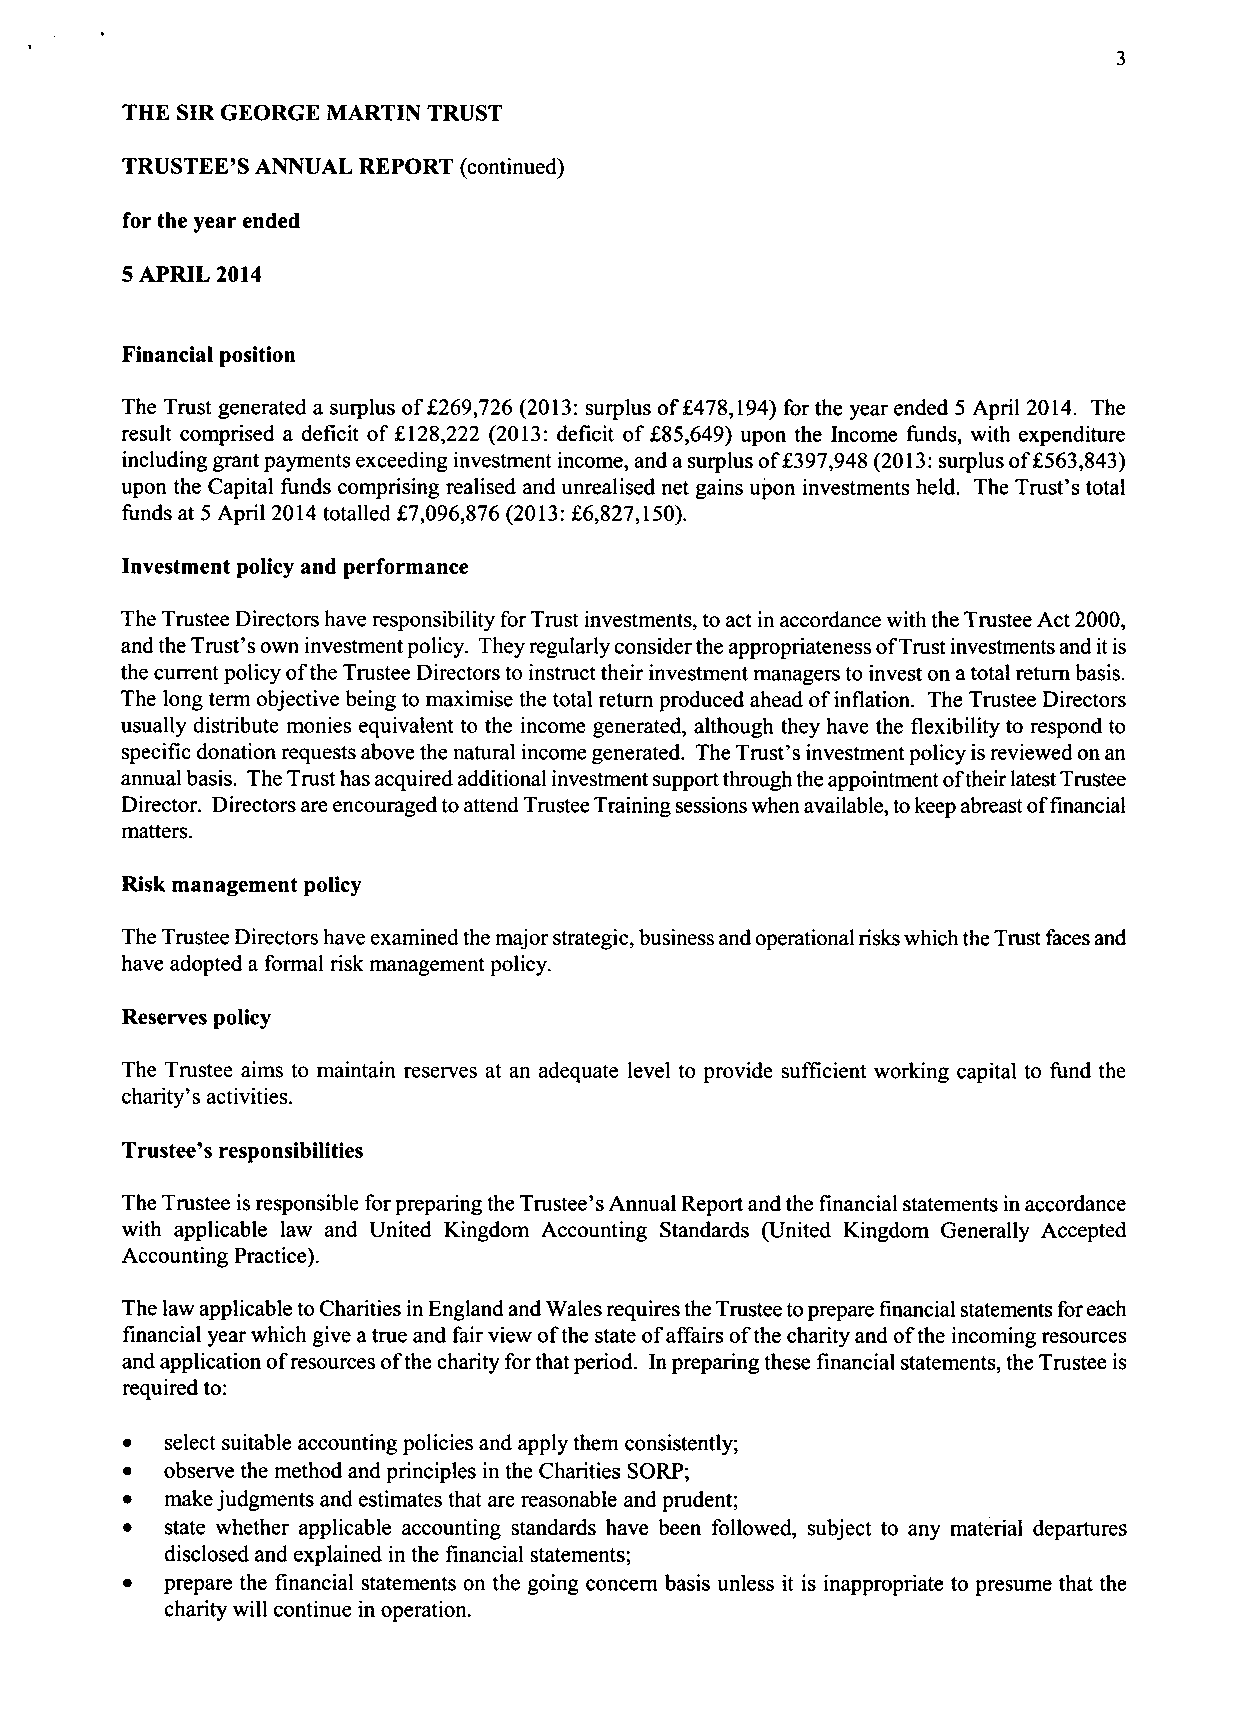
3
 THE SIR GEORGE MARTIN TRUST
 TRUSTEE'S ANNUAL REPORT (continued)
 for the year ended
 5 APRIL 2014
 Financial position
 The Trust generated a surplus of £269,726 (2013: surplus of £478,194) for the year ended 5 April 2014. The
 result comprised a deficit of £128,222 (2013: deficit of £85,649) upon the Income funds, with expenditure
 including grant payments exceeding investment income, and a surplus of £397,948 (2013: surplus of £563,843)
 upon the Capital funds comprising realised and unrealised net gains upon investments held. The Trust's total
 funds at 5 April 2014 totalled £7,096,876 (2013: £6,827,150).
 Investment policy and performance
 The Trustee Directors have responsibility for Trust investments, to act in accordance with the Trustee Act 2000,
 and the Trust's own investment policy. They regularly consider the appropriateness of Trust investments and it is
 the current policy of the Trustee Directors to instruct their investment managers to invest on a total return basis.
 The long term objective being to maximise the total return produced ahead of inflation. The Trustee Directors
 usually distribute monies equivalent to the income generated, although they have the flexibility to respond to
 specific donation requests above the natural income generated. The Trust's investment policy is reviewed on an
 annual basis. The Trust has acquired additional investment support through the appointment of their latest Trustee
 Director. Directors are encouraged to attend Trustee Training sessions when available, to keep abreast of financial
 matters.
 Risk management policy
 The Trustee Directors have examined the major strategic, business and operational risks which the Trust faces and
 have adopted a formal risk management policy.
 Reserves policy
 The Trustee aims to maintain reserves at an adequate level to provide sufficient working capital to fund the
 charity's activities.
 Trustee's responsibilities
 The Trustee is responsible for preparing the Trustee's Annual Report and the financial statements in accordance
 with applicable law and United Kingdom Accounting Standards (United Kingdom Generally Accepted
 Accounting Practice).
 The law applicable to Charities in England and Wales requires the Trustee to prepare financial statements for each
 financial year which give a true and fair view of the state of affairs of the charity and of the incoming resources
 and application of resources of the charity for that period. In preparing these financial statements, the Trustee is
 required to:
 •  select suitable accounting policies and apply them consistently;
 •  observe the method and principles in the Charities SORP;
 •  make judgments and estimates that are reasonable and prudent;
 •  state whether applicable accounting standards have been followed, subject to any material departures
 disclosed and explained in the financial statements;
 •  prepare the financial statements on the going concern basis unless it is inappropriate to presume that the
 charity will continue in operation.